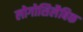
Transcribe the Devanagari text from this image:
लोगोसिलैबिक